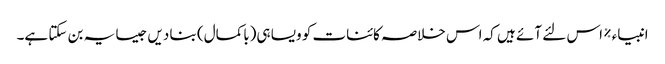
انبیاء ٪ اس لئے آئے ہیں کہ اس خلاصہ کائنات کو ویسا ہی(باکمال) بنا دیں جیسا یہ بن سکتا ہے۔